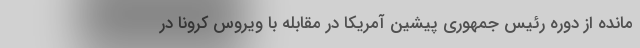
مانده از دوره رئیس جمهوری پیشین آمریکا در مقابله با ویروس کرونا در